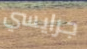
جرايسي